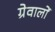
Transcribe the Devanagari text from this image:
ग्रेवालों